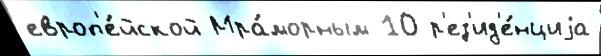
европ'е́йской Мра́морным 10 р'ез'ид'е́нциjа